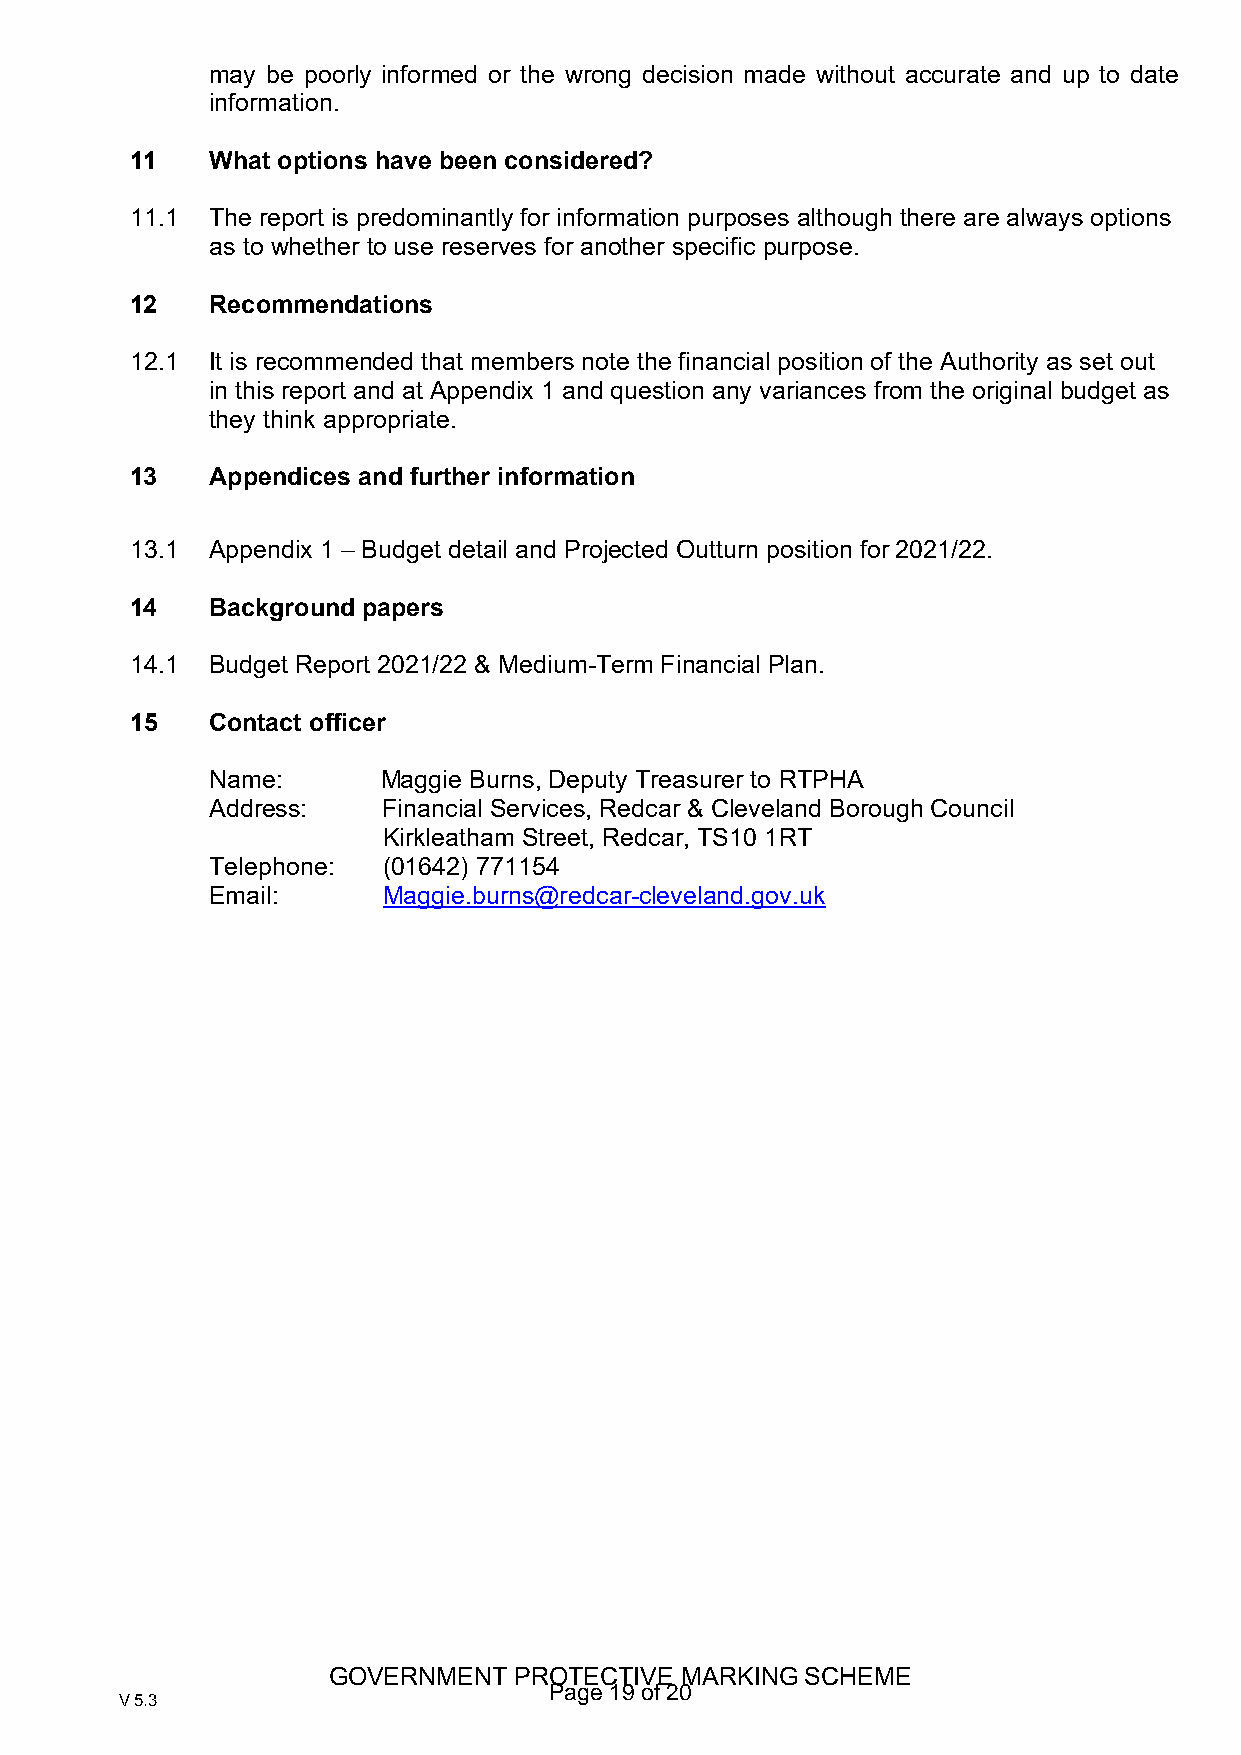
may be poorly informed or the wrong decision made without accurate and up to date
 information.
 11   What options have been considered?
 11.1 The report is predominantly for information purposes although there are always options
 as to whether to use reserves for another specific purpose.
 12   Recommendations
 12.1 It is recommended that members note the financial position of the Authority as set out
 in this report and at Appendix 1 and question any variances from the original budget as
 they think appropriate.
 13   Appendices and further information
 13.1 Appendix 1 – Budget detail and Projected Outturn position for 2021/22.
 14   Background papers
 14.1 Budget Report 2021/22 & Medium-Term Financial Plan.
 15   Contact officer
 Name:      Maggie Burns, Deputy Treasurer to RTPHA
 Address:   Financial Services, Redcar & Cleveland Borough Council
 Kirkleatham Street, Redcar, TS10 1RT
 Telephone: (01642) 771154
 Email:     Maggie.burns@redcar-cleveland.gov.uk
 GOVERNMENT  PROTECTIVE MARKING SCHEME
 Page 19 of 20
 V 5.3